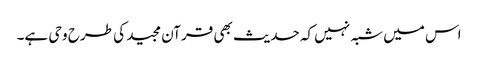
اس میں شبہ نہیں کہ حدیث بھی قرآن مجید کی طرح وحی ہے۔